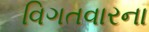
વિગતવારના